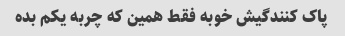
پاک کنندگیش خوبه فقط همین که چربه یکم بده